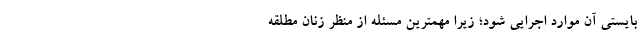
بایستی آن موارد اجرایی شود؛ زیرا مهمترین مسئله از منظر زنان مطلقه